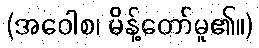
(အဝေါစ၊ မိန့်တော်မူ၏။)